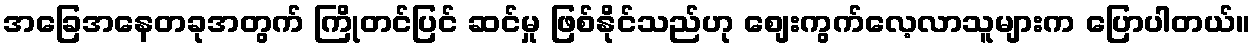
အခြေအနေတခုအတွက် ကြိုတင်ပြင် ဆင်မှု ဖြစ်နိုင်သည်ဟု စျေးကွက်လေ့လာသူများက ပြောပါတယ်။